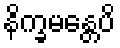
နိက္ခမန္တေပိ